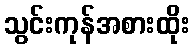
သွင်းကုန်အစားထိုး